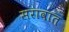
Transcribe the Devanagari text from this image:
सरावात